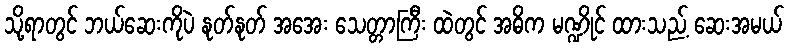
သို့ရာတွင် ဘယ်ဆေးကိုပဲ နုတ်နုတ် အအေး သေတ္တာကြီး ထဲတွင် အဓိက မဏ္ဍိုင် ထားသည့် ဆေးအမယ်